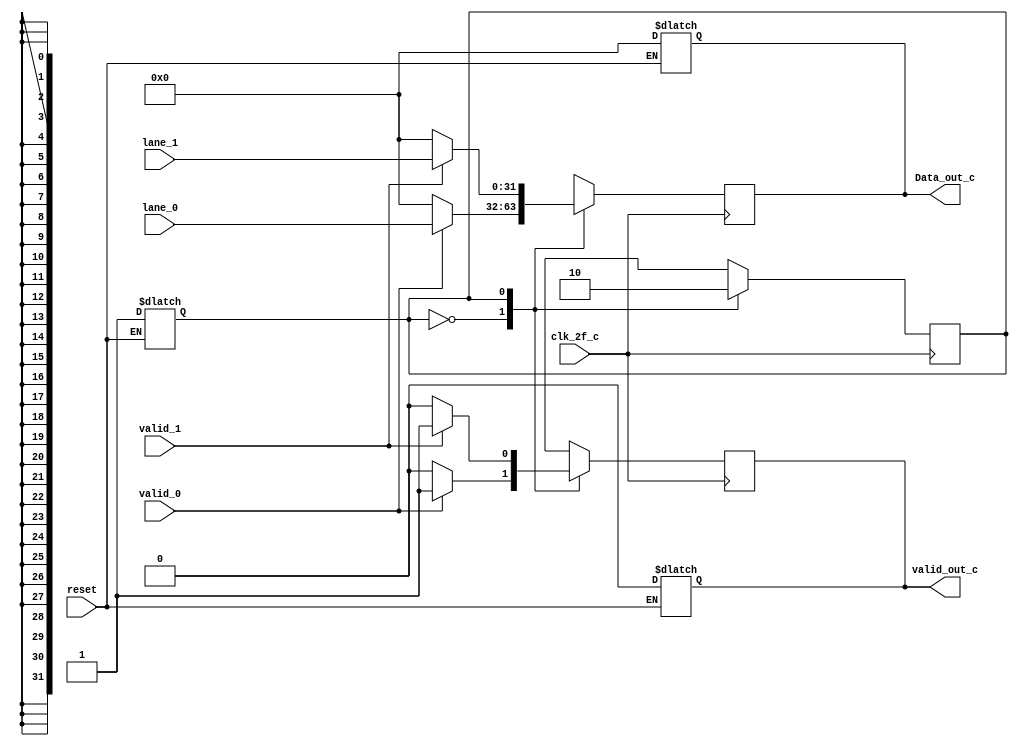
module byte_un_striping_c (
	input clk_2f_c,
	input reset,
	input valid_0,
	input [31:0] lane_0,
	input valid_1,
	input [31:0] lane_1,
	output reg valid_out_c,
	output reg [31:0] Data_out_c
);
	reg contador;

	always @(*) begin
		if (reset == 0) begin
			valid_out_c <= 0;
			Data_out_c <= 32'b0;
			contador <= 1;
		end
	end

	always @(posedge clk_2f_c) begin
		case (contador)
			1'b0:
			begin
				if (valid_0) begin
					contador <= 1;
					valid_out_c <= 1;
					Data_out_c <= lane_0;
				end
				else begin
					contador <= 1;
					valid_out_c <= 0;
					Data_out_c <= 32'b0;
				end
			end
			1'b1:
			begin
				if (valid_1) begin
					contador <= 0;
					valid_out_c <= 1;
					Data_out_c <= lane_1;
				end
				else begin
					contador <= 0;
					valid_out_c <= 0;
					Data_out_c <= 32'b0;
				end
			end
		endcase
	end
endmodule